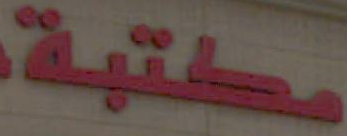
مكتبة